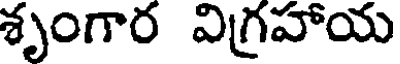
శృంగార విగ్రహాయ